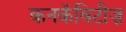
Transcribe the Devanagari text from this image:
कनकॅविटीज़